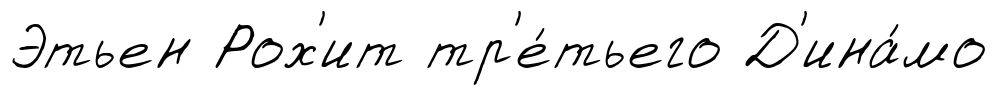
Этьен Рох'ит тр'е́тьего Д'ина́мо